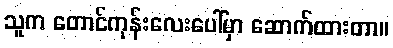
သူက တောင်ကုန်းလေးပေါ်မှာ ဆောက်ထားတာ။